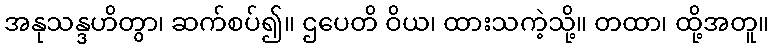
အနုသန္ဒဟိတွာ၊ ဆက်စပ်၍။ ဌပေတိ ဝိယ၊ ထားသကဲ့သို့။ တထာ၊ ထို့အတူ။